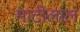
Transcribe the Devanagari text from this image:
माटीलाल